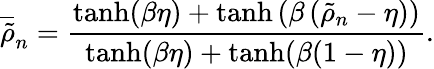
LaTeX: \overline{{\tilde{\rho}}}_{n}=\frac{\operatorname{tanh}(\beta\eta)+\operatorname{tanh}\left(\beta\left(\tilde{\rho}_{n}-\eta\right)\right)}{\operatorname{tanh}(\beta\eta)+\operatorname{tanh}(\beta(1-\eta))}.